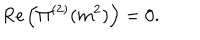
{ \it R e } \left( \Pi ^ { ( 2 ) } ( m ^ { 2 } ) \right) = 0 .